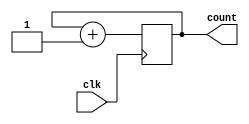
module synchronous_counter (
    input wire clk,
    output reg [3:0] count
);

reg [3:0] stage1, stage2, stage3, stage4;

always @(posedge clk) begin
    stage1 <= stage1 + 1;
    if (stage1 == 16) begin
        stage1 <= 0;
        stage2 <= stage2 + 1;
        if (stage2 == 16) begin
            stage2 <= 0;
            stage3 <= stage3 + 1;
            if (stage3 == 16) begin
                stage3 <= 0;
                stage4 <= stage4 + 1;
                if (stage4 == 16) begin
                    stage4 <= 0;
                end
            end
        end
    end
end

assign count = {stage4, stage3, stage2, stage1};

endmodule